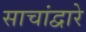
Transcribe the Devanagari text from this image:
साचांद्वारे